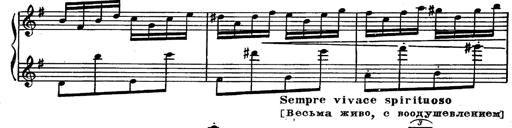
Title: Magyar rapszÃ³diÃ¡k
Composer: Franz Liszt